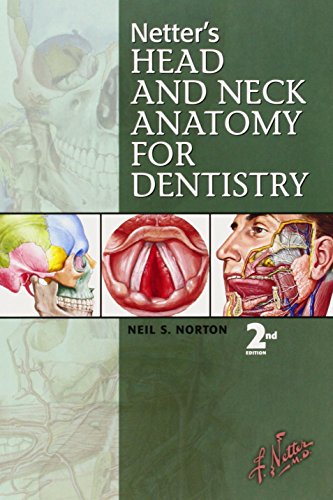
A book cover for Netter's Head and Neck Anatomy for Dentistry; Neil S. Norton; Medical Books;